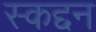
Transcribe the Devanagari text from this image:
स्कद्दन